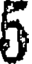
5